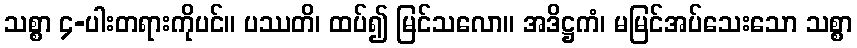
သစ္စာ ၄-ပါးတရားကိုပင်။ ပဿတိ၊ ထပ်၍ မြင်သလော။ အဒိဋ္ဌကံ၊ မမြင်အပ်သေးသော သစ္စာ